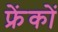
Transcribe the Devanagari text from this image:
फ्रेंकों